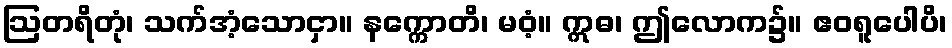
ဩတရိတုံ၊ သက်အံ့သောငှာ။ နက္ကောတိ၊ မဝံ့။ ဣဓ၊ ဤလောက၌။ ဧဝရူပေါပိ၊